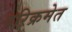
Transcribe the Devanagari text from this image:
परिक्रमेत